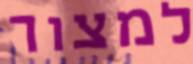
למצור